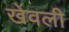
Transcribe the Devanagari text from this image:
खेवली